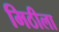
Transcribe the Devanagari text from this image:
मिठीला